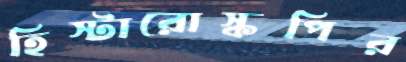
হিস্টারোস্কপির